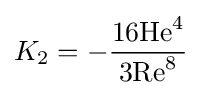
K_{2}=-{16\mathrm {He} ^{4} \over 3\mathrm {Re} ^{8}}